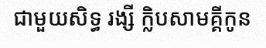
ជាមួយសិទ្ធ រង្សី ក្លិបសាមគ្គីកូន